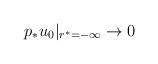
LaTeX: \begin{align*}p_*u_0|_{r^*=-\infty} \rightarrow 0\end{align*}